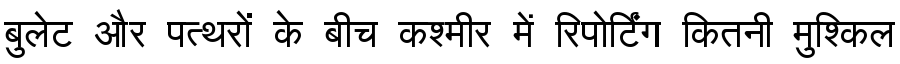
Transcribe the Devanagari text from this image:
बुलेट और पत्थरों के बीच कश्मीर में रिपोर्टिंग कितनी मुश्किल